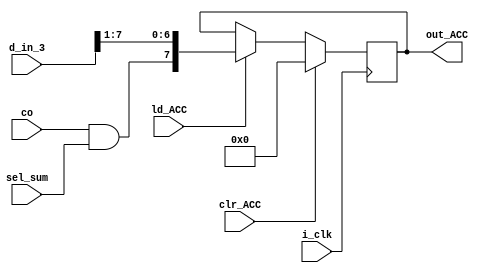
`timescale 1ns / 1ps
//////////////////////////////////////////////////////////////////////////////////
// Company: 
// Engineer: 
// 
// Design Name: 
// Module Name: REG_ACC
// Project Name: 
// Target Devices: 
// Tool Versions: 
// Description: 
// 
// Dependencies: 
// 
// Revision:
// Revision 0.01 - File Created
// Additional Comments:
// 
//////////////////////////////////////////////////////////////////////////////////

`define WIDTH_3 8
module REG_ACC(
clr_ACC , i_clk , ld_ACC ,d_in_3, co , sel_sum , out_ACC
    );
input i_clk ;
input clr_ACC ;
input ld_ACC;
input [`WIDTH_3-1:0] d_in_3 ;
output reg [`WIDTH_3-1:0] out_ACC ;
input co , sel_sum ;

always @ (posedge i_clk ) 
 begin
  if (clr_ACC)
   begin
    out_ACC <= 4'b0000;
    end
     else if (ld_ACC)
       begin
      out_ACC <= {co&sel_sum , d_in_3[7:1]} ;   ///shift right with sel_sum & carry out from ADDER (ACC AND Register B ) //////
      end
       else
        begin
         out_ACC <= out_ACC ;
          end
           end
                
endmodule